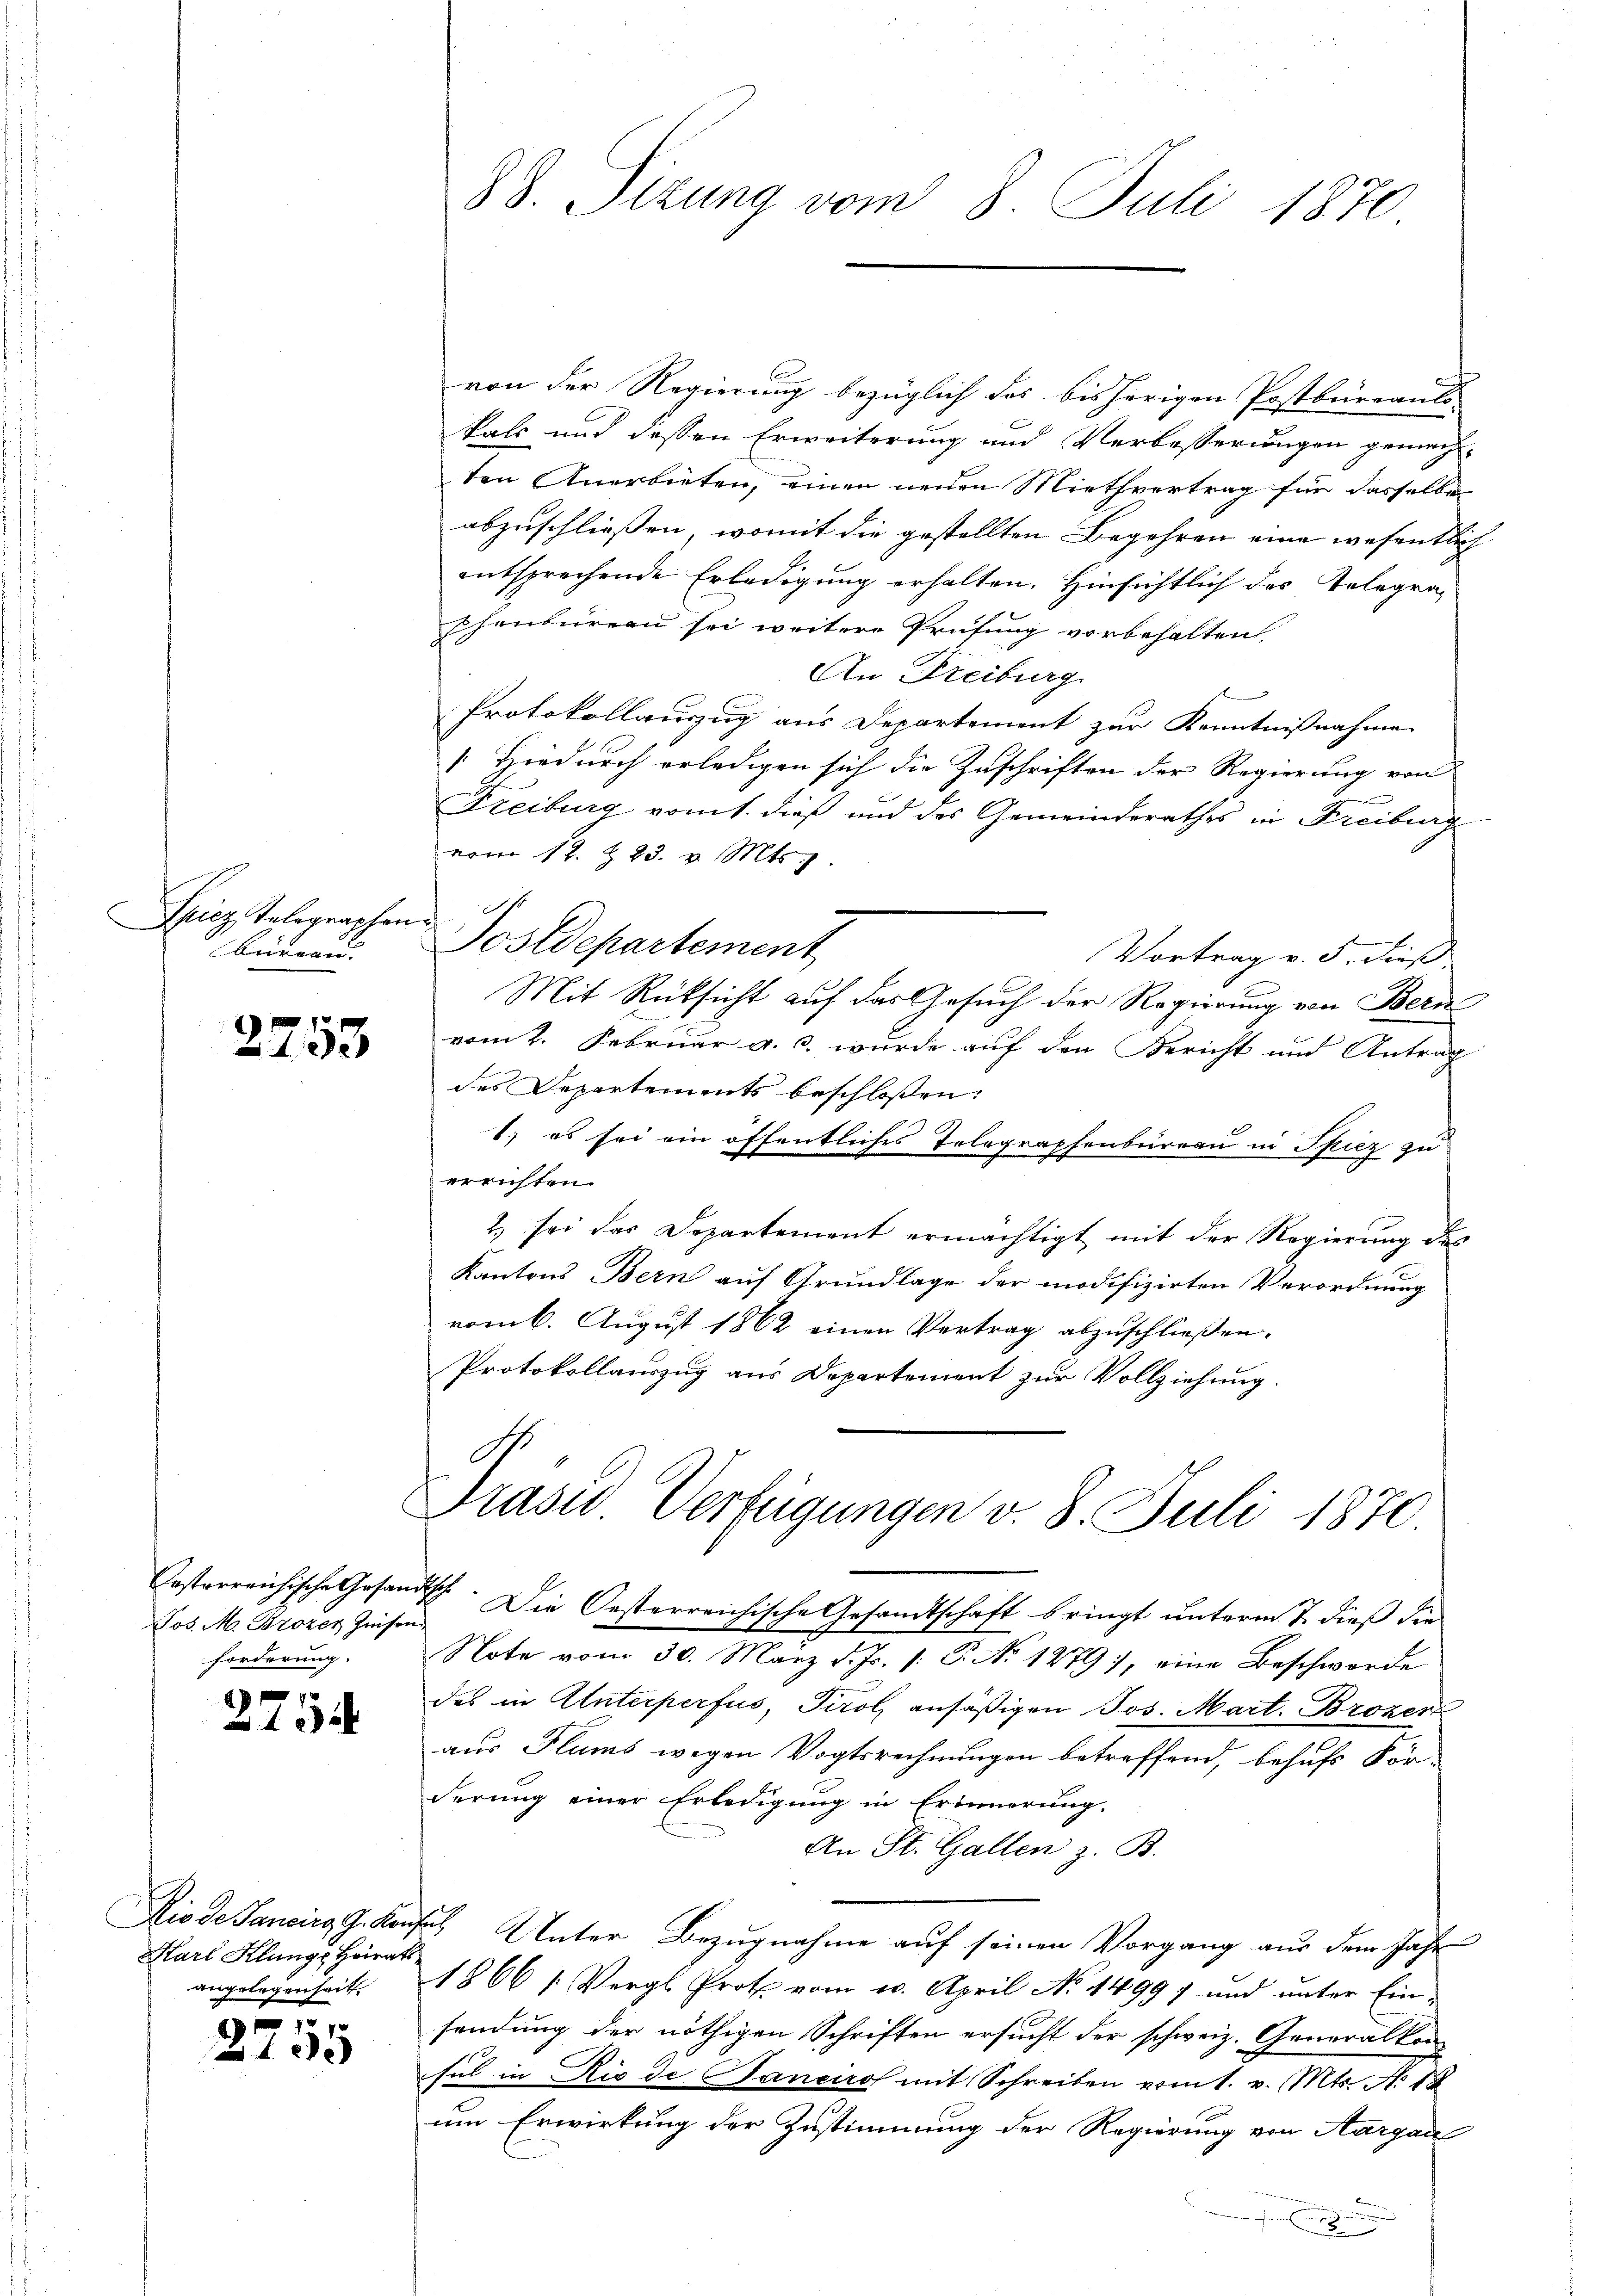
Ficz Telegraphen.
büdern.

2753

Pos. M. Brozen Zeisen
forderung.

2754

Karl Klunge Heirats
angelegenheit

e
2155

88. Sizung vom 8. Juli 1870

von der Regierung bezüglich des bisherigen Postbureaus
kals und dessen Erweiterung und Verbesserungen gemach-
ten Anerbieten, einen neuen Miethvertrag für dasselbe
abzuschließen, womit die gestellten Begehren eine wesentlich
entsprechende Erledigung erhalten. Hinsichtlich des Telegraschenbüreau sei weitere Prüfung vorbehalten,
An Freiburg
Protokollauszug aus Departement zur Kenntnißnahme
[Hiedurch erledigen sich die Zuschriften der Regierung von |
Freiburg vom 1. dieß und des Gemeinderathes in Freiburg
vom 12. & 23. v. Mts.
Postdepartement
Vortrag v. 5. dieß
Mit Rücksicht auf das Gesuch der Regierung von Bern
vom 2. Februar a. c. wurde auf den Bericht und Antrag
des Departements beschlossen:
1.) es sei ein öffentliches Tolographenbüreau in Spiez zu
errichten.
2) sei das Departement ermächtigt mit der Regierung des
Kantons Bern auf Grundlage der modifizirten Verordnung
vom 6. August 1862 einen Vertrag abzuschließen.
Protokollauszug aus Departement zur Vollziehung.

Präses Verfügungen v. 8. Juli 1870.
Casterreichische Gesandtsch. Die Oesterreichische Gesandtschaft bringt unterm 7. dieß die

Note vom 30. März d. Js. /: P. No 1279), eine Beschwerde
des in Unterperfus, Tirol ansäßigen Jos. Mart. Brozer
aus Plums wegen Vogtsrechnungen betreffend, behufs Kör-
derung einer Erledigung in Erinnerung.
An St. Gallen z. B.
Kiode Sancirg G. Konses Unter Bezugnahme auf seinen Vorgang aus dem Jahr
1866 / Vergl. Proth vom 20. April No 1499, und unter Einsendung der nöthigen Schriften ersucht der schweiz. Generalkon-
sal in Rio de Sanciro mit Schreiben vom 1. v. Mts. No. 18
um Erwirkung der Zustimmung der Regierung von Aargau
8